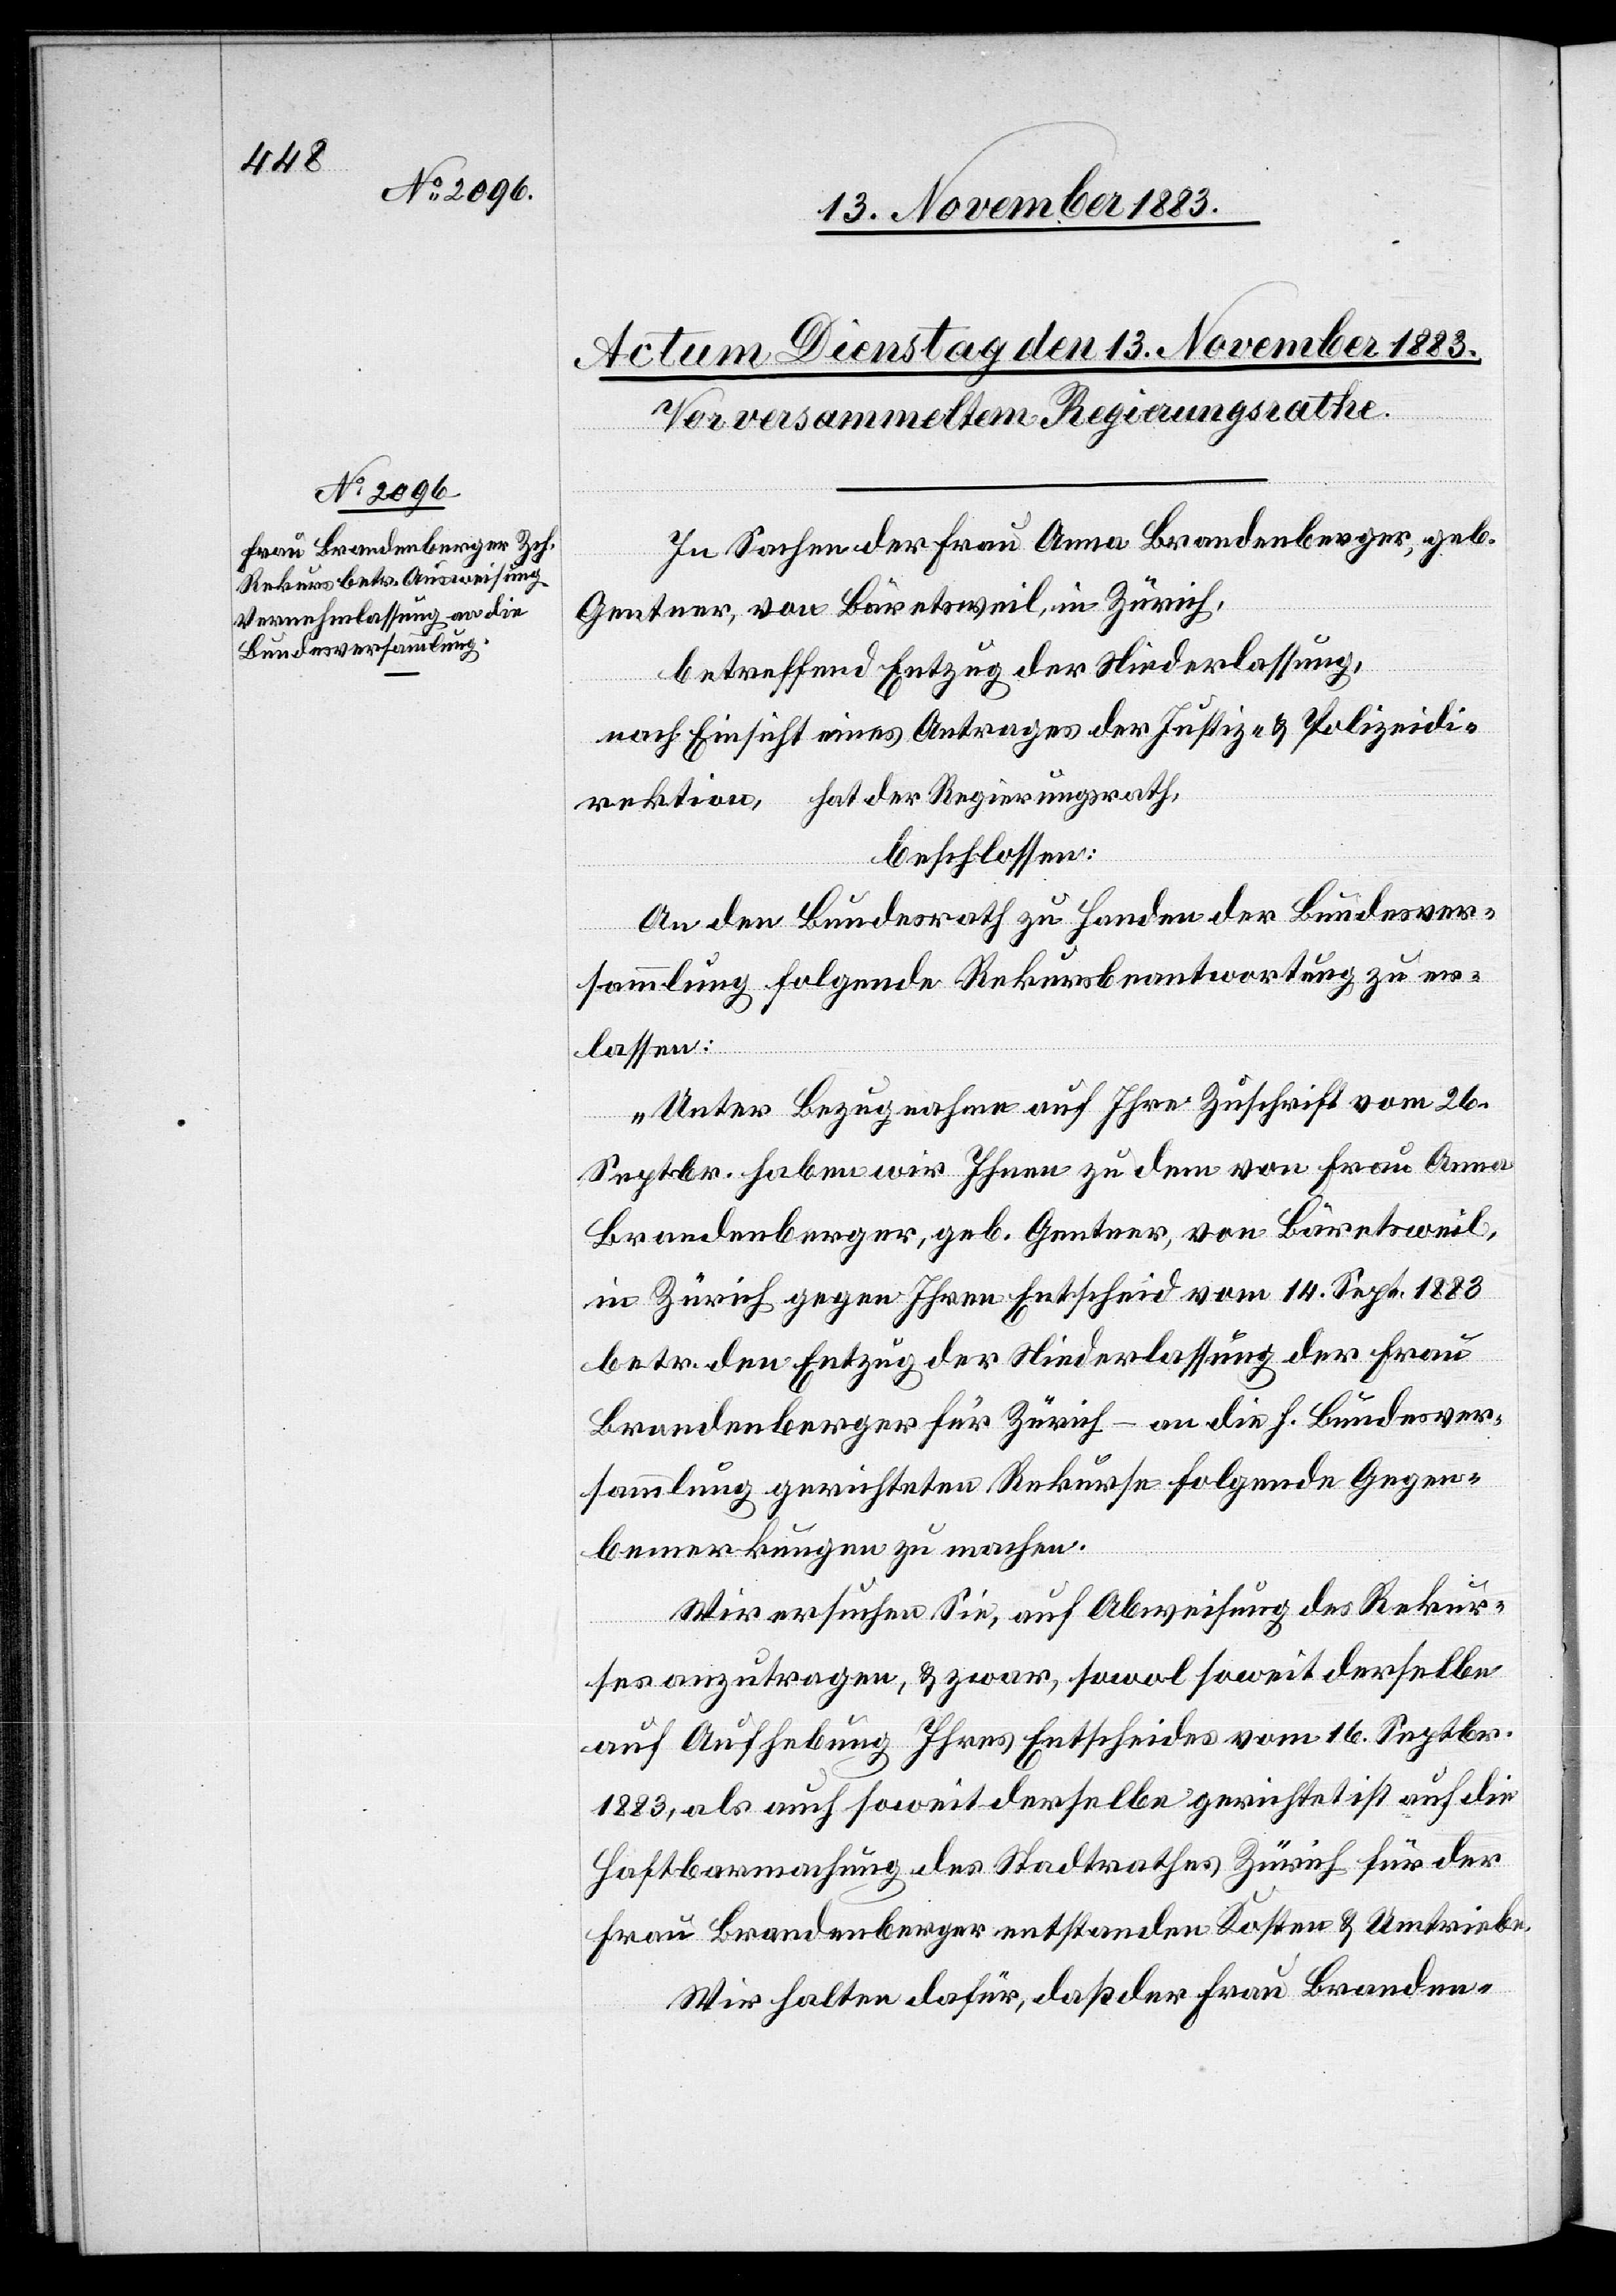
ktion,

In Sachen der Frau Anna Brandenberger, geb.
Gentner, von Bäretsweil, in Zürich,
betreffend Entzug der Niederlassung,
nach Einsicht eines Antrages der Justiz- & Polizeidire¬
beschlossen:
An den Bundesrath zu Handen der Bundesver¬
sammlung folgende Rekursbeantwortung zu er¬
lassen:
„Unter Bezugnahme auf Ihre Zuschrift vom 26.
Septbr. haben wir Ihnen zu dem von Frau Anna
Brandenberger, geb. Gentner, von Bäretsweil,
in Zürich gegen Ihren Entscheid vom 14. Sept. 1883
betr. den Entzug der Niederlassung der Frau
Brandenberger für Zürich – an die h. Bundesver¬
sammlung gerichteten Rekurse folgende Gegen¬
bemerkungen zu machen.
Wir ersuchen Sie, auf Abweisung des Rekur¬
ses anzutragen, & zwar, sowol soweit derselbe
auf Aufhebung Ihres Entscheides vom 16. Septbr.
1883, als auch soweit derselbe gerichtet ist auf die
Haftbarmachung des Stadtrathes Zürich für der
Frau Brandenberger entstanden[e] Kosten und Umtriebe.
Wir halten dafür, daß der Frau Branden-